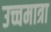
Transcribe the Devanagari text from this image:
उच्चमात्रा